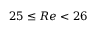
2 5 \leq R e < 2 6